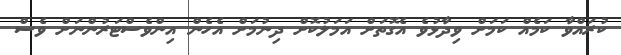
ކުރައްވާ ކަމެއް ކަމަށް ވިދާޅުވެ އެގޮތަށް އަމަލުކޮށް ދިނުމަށް އެހެން އިންވެސްޓަރުންނަށް ވެސް